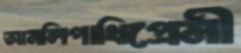
আনলিপাখিপ্রেমী